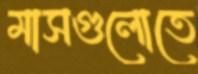
মাসগুলোতে